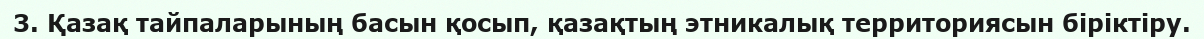
3. Қазақ тайпаларының басын қосып, қазақтың этникалық территориясын біріктіру.